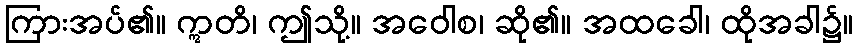
ကြားအပ်၏။ ဣတိ၊ ဤသို့။ အဝေါစ၊ ဆို၏။ အထခေါ၊ ထိုအခါ၌။